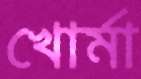
খোর্মা